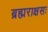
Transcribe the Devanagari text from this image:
ब्रह्मराक्षसः